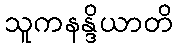
သူကနန္ဒိယာတိ